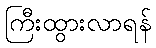
ကြီးထွားလာရန်